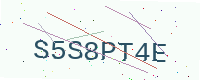
Text: S5S8PT4E